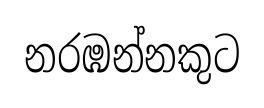
නරඹන්නකුට